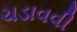
ચડાવવી